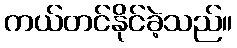
ကယ်တင်နိုင်ခဲ့သည်။